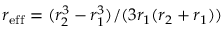
r _ { \mathrm { e f f } } = ( r _ { 2 } ^ { 3 } - r _ { 1 } ^ { 3 } ) / ( 3 r _ { 1 } ( r _ { 2 } + r _ { 1 } ) )